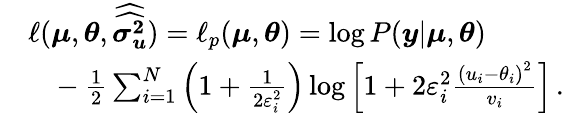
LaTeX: \begin{array}{rl}&{\ell(\boldsymbol{\mu},\boldsymbol{\theta},\boldsymbol{\widehat{\widehat{\sigma_{u}^{2}}}})=\ell_{p}(\boldsymbol{\mu},\boldsymbol{\theta})=\log{P(\boldsymbol{y}|\boldsymbol{\mu},\boldsymbol{\theta})}}\\ &{\phantom{{=}}-\frac{1}{2}\sum_{i=1}^{N}\left(1+\frac{1}{2\varepsilon_{i}^{2}}\right)\log{\left[1+2\varepsilon_{i}^{2}\frac{\left(u_{i}-\theta_{i}\right)^{2}}{v_{i}}\right]}\, .}\end{array}